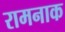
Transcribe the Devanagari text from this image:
रामनाक